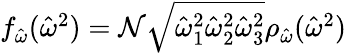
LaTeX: \begin{array}{r}{f_{\hat{\omega}}(\hat{\omega}^{2})=\mathcal{N}\sqrt{\hat{\omega}_{1}^{2}\hat{\omega}_{2}^{2}\hat{\omega}_{3}^{2}}\rho_{\hat{\omega}}(\hat{\omega}^{2})}\end{array}